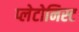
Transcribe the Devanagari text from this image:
प्लेटोनिस्ट